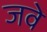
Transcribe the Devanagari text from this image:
जवे